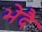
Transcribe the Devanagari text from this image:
भेदै